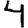
Digit: 4